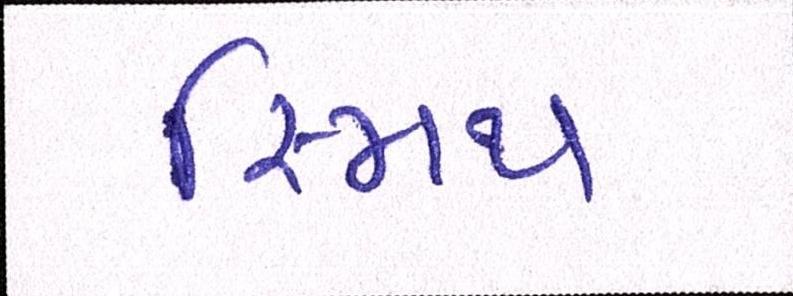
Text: સ્મિથ